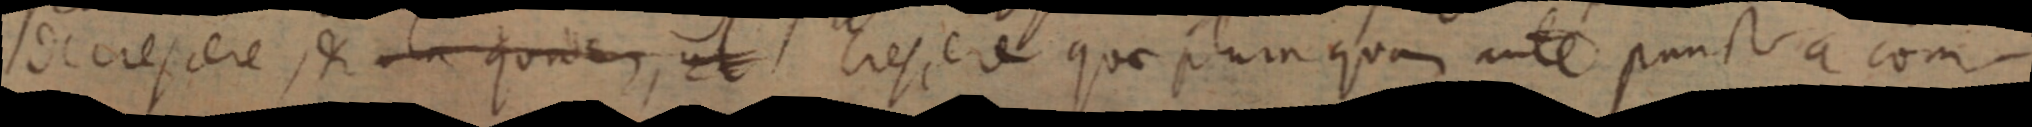
de crescere, set ola quidem, ut tressed quae plura quam ante puncta a com